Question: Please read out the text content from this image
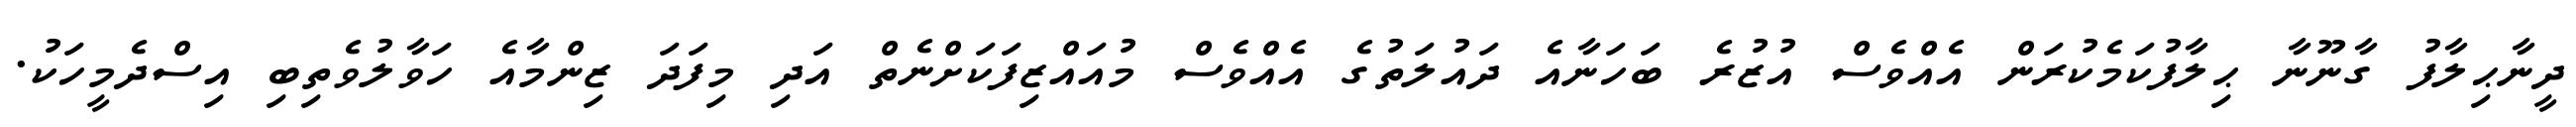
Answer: ދީނާޙިލާފު ގާނޫނާ ޙިލާފުކަމެކުރަން އެއްވެސް އުޒުރެ ބަހަނާއެ ދައުލަތުގެ އެއްވެސް މުއައްޒިފަކަށްނެތް އަދި މިފަދަ ޒިންމާއެ ހަވާލުވެތިބި އިސްދެމީހަކު.